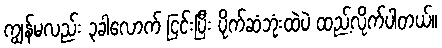
ကျွန်မလည်း ၃ခါလောက် ငြင်းပြီး ပိုက်ဆံဘုံးထဲပဲ ထည့်လိုက်ပါတယ်။